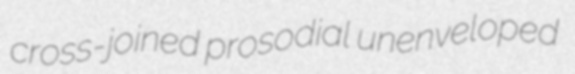
cross-joined prosodial unenveloped